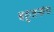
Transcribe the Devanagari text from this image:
बहुजनांना